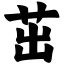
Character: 茁